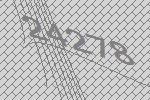
24278